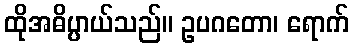
ထိုအဓိပ္ပာယ်သည်။ ဥပဂတော၊ ရောက်